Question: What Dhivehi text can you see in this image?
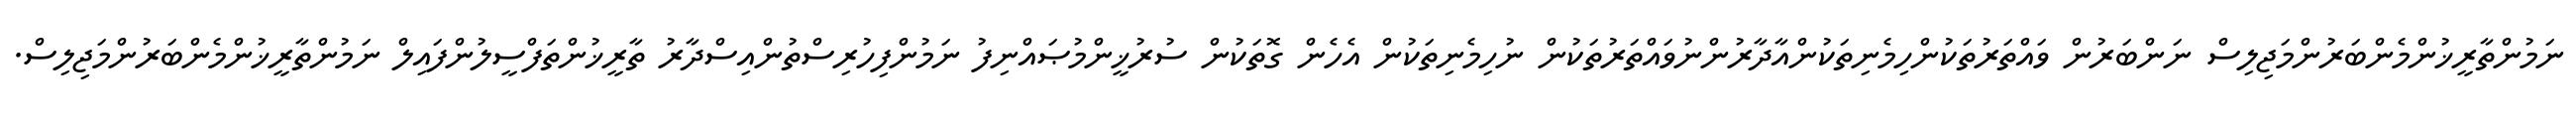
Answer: ނަމުންތާރީޚުންމެންބަރުންމަޖިލިސް ނަންބަރުން ވައްތަރުތަކުންހިމެނިތަކުންއާދާރުންނުވައްތަރުތަކުން ނުހިމެނިތަކުން އެހެން ގޮތަކުން ސުރުޚީންމުޞައްނިފު ނަމުންފިހުރިސްތުންއިސްދާރު ތާރީޚުންތަފްސީލުންފައިލް ނަމުންތާރީޚުންމެންބަރުންމަޖިލިސް.